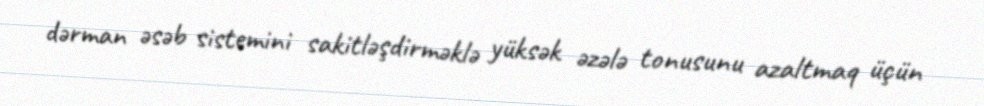
dərman əsəb sistemini sakitləşdirməklə yüksək əzələ tonusunu azaltmaq üçün